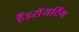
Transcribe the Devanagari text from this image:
हैंडराॅयटिंग